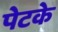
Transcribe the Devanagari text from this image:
पेटके